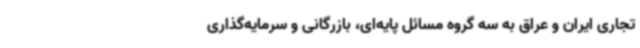
تجاری ایران و عراق به سه گروه مسائل پایه‌ای، بازرگانی و سرمایه‌گذاری